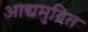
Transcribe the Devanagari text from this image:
आद्यमुद्रित